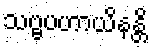
သဗ္ဗပဟာယိနန္တိ